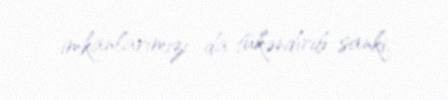
imkanlarımızı da tükəndirib sanki.